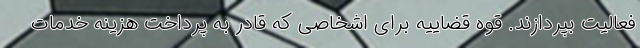
فعالیت بپردازند. قوه قضاییه برای اشخاصی که قادر به پرداخت هزینه خدمات